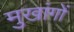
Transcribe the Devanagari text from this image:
मुखांगों